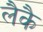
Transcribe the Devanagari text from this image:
लैकै